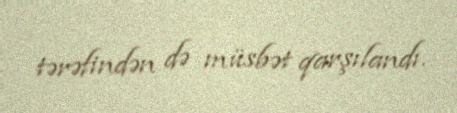
tərəfindən də müsbət qarşılandı.